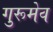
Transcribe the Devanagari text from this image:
गुरूमेव